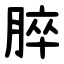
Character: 脺